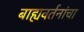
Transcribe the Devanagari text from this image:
बाह्यवर्तनांचा